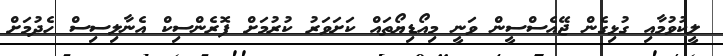
ލީކުވުމާއި ގުޅިގެން ޖޭއެސްސީން ވަނީ މިއޯޑިޔޯތައް ކަށަވަރު ކުރުމަށް ފޮރެންސިކް އެނާލިސިސް ހެދުމަށް